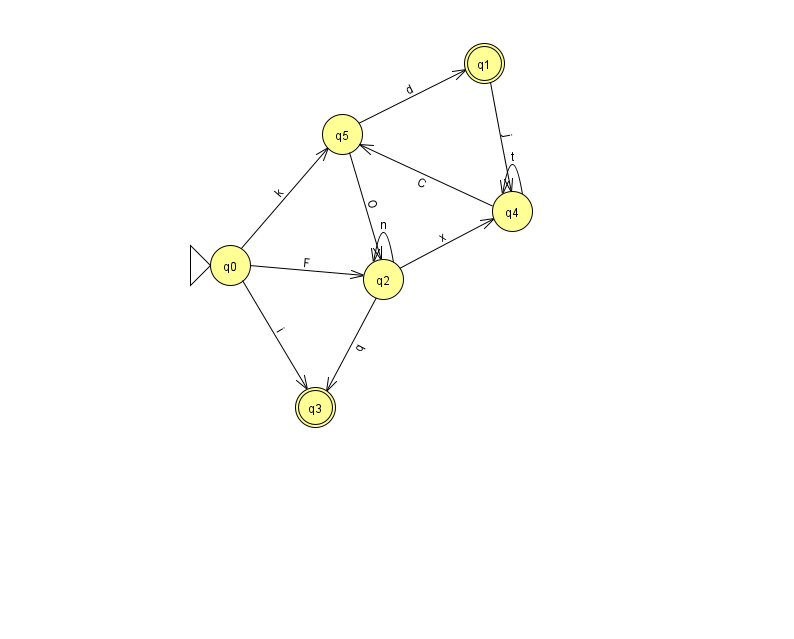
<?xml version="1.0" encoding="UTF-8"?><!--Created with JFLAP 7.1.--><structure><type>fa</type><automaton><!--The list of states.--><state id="0" name="q0"><x>230.0</x><y>252.0</y><initial/></state><state id="1" name="q1"><x>484.0</x><y>50.0</y><final/></state><state id="2" name="q2"><x>383.0</x><y>266.0</y></state><state id="3" name="q3"><x>315.0</x><y>394.0</y><final/></state><state id="4" name="q4"><x>512.0</x><y>198.0</y></state><state id="5" name="q5"><x>342.0</x><y>121.0</y></state><!--The list of transitions.--><transition><from>0</from><to>2</to><read>F</read></transition><transition><from>0</from><to>3</to><read>i</read></transition><transition><from>4</from><to>4</to><read>t</read></transition><transition><from>5</from><to>1</to><read>d</read></transition><transition><from>4</from><to>5</to><read>C</read></transition><transition><from>0</from><to>5</to><read>k</read></transition><transition><from>2</from><to>4</to><read>x</read></transition><transition><from>5</from><to>2</to><read>O</read></transition><transition><from>1</from><to>4</to><read>j</read></transition><transition><from>2</from><to>2</to><read>n</read></transition><transition><from>2</from><to>3</to><read>q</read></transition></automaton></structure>